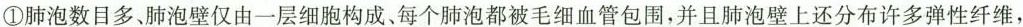
①肺泡数目多、肺泡壁仅由一层细胞构成、每个肺泡都被毛细血管包围，并且肺泡壁上还分布许多弹性纤维，